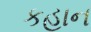
કહાન